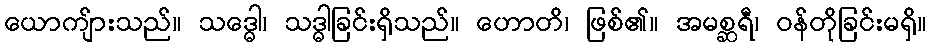
ယောကျ်ားသည်။ သဒ္ဓေါ၊ သဒ္ဓါခြင်းရှိသည်။ ဟောတိ၊ ဖြစ်၏။ အမစ္ဆရီ၊ ဝန်တိုခြင်းမရှိ။